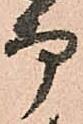
而